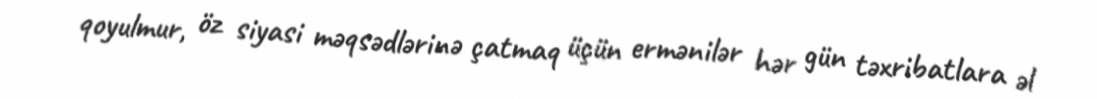
qoyulmur, öz siyasi məqsədlərinə çatmaq üçün ermənilər hər gün təxribatlara əl